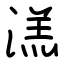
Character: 溔